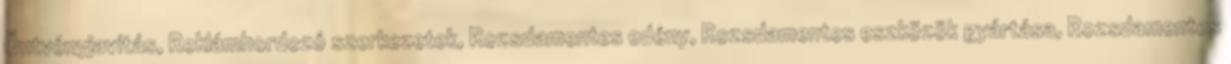
Öntvényjavítás, Reklámhordozó szerkezetek, Rozsdamentes edény, Rozsdamentes eszközök gyártása, Rozsdamentes